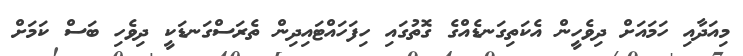
މިއަދާއި ހަމައަށް ދިވެހީން އެކަތިގަނޑެއްގެ ގޮތުގައި ހިފަހައްޓައިދިން ތެރަސްގަނޑަކީ ދިވެހި ބަސް ކަމަށް